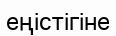
еңістігіне